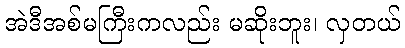
အဲဒီအစ်မကြီးကလည်း မဆိုးဘူး၊ လှတယ်